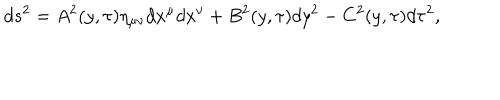
LaTeX: d s ^ { 2 } = A ^ { 2 } ( y , \tau ) \eta _ { \mu \nu } d x ^ { \mu } d x ^ { \nu } + B ^ { 2 } ( y , \tau ) d y ^ { 2 } - C ^ { 2 } ( y , \tau ) d \tau ^ { 2 } ,